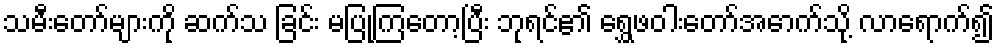
သမီးတော်များကို ဆက်သ ခြင်း မပြုကြတော့ပြီး ဘုရင်၏ ရွှေဖဝါးတော်အောက်သို့ လာရောက်၍